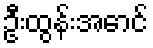
ဦးထွန်းအောင်